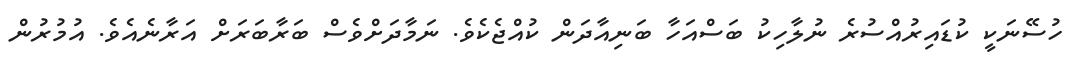
ހުސޭނަކީ ކުޑައިރުއްސުރެ ނުލާހިކު ބަސްއަހާ ބަނިއާދަން ކުއްޖެކެވެ. ނަމާދަށްވެސް ބަރާބަރަށް އަރާނެއެވެ. އުމުރުން